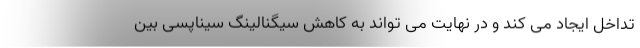
تداخل ایجاد می کند و در نهایت می تواند به کاهش سیگنالینگ سیناپسی بین